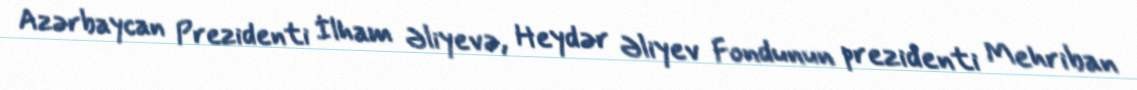
Azərbaycan Prezidenti İlham Əliyevə, Heydər Əliyev Fondunun prezidenti Mehriban